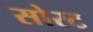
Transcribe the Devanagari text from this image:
सोरट